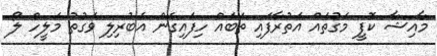
މާއިޝާ ކޮފީ މަގުތައް އަތުރާފައި ތަބައް ހިފައިގެން އެބުރިލި ވަގުތު މަލީހް ލޯ